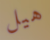
هيل